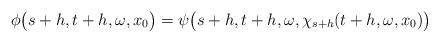
LaTeX: \begin{align*}\phi\big(s+h,t+h, \omega,x_0\big) = \psi\big(s+h,t+h, \omega,\chi_{s+h}(t+h, \omega,x_0)\big)\end{align*}